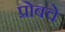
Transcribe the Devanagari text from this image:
प्रोबचे